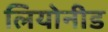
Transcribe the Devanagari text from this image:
लियोनीड